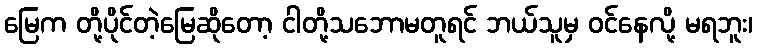
မြေက တို့ပိုင်တဲ့မြေဆိုတော့ ငါတို့သဘောမတူရင် ဘယ်သူမှ ဝင်နေလို့ မရဘူး၊